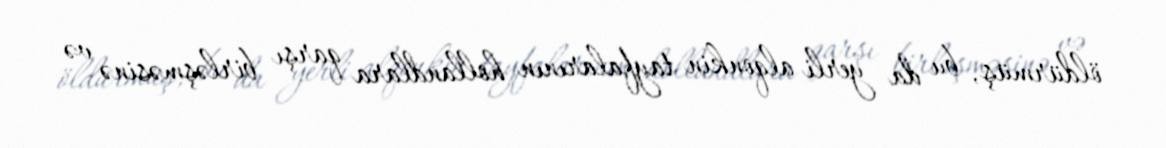
öldürmüş, bu da yerli alqonkin tayfalarının hollandlara qarşı birləşməsinə və